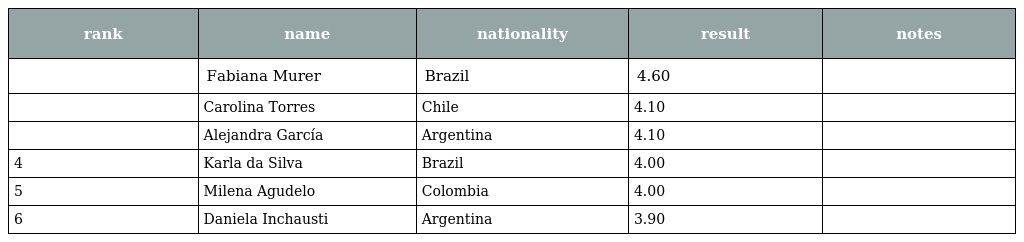
| rank | name | nationality | result | notes |
 | --- | --- | --- | --- | --- |
 |  | Fabiana Murer | Brazil | 4.60 |  |
 |  | Carolina Torres | Chile | 4.10 |  |
 |  | Alejandra García | Argentina | 4.10 |  |
 | 4 | Karla da Silva | Brazil | 4.00 |  |
 | 5 | Milena Agudelo | Colombia | 4.00 |  |
 | 6 | Daniela Inchausti | Argentina | 3.90 |  |